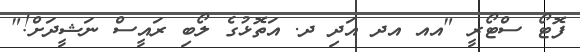
ފޮޓޯ ސްޓޯރީ "އއ އދ އަދި ދ. އަތޮޅުގެ ލޯބި ރައީސް ނަޝީދަށް!"